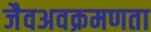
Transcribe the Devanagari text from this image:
जैवअवक्रमणता